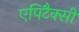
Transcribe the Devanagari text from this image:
एपिटैक्सी